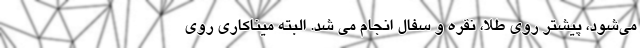
می‌شود، پیشتر روی طلا، نقره و سفال انجام می شد. البته میناکاری روی